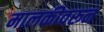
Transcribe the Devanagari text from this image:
मालकीवरून